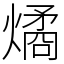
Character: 燏